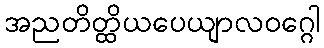
အညတိတ္ထိယပေယျာလဝဂ္ဂေါ